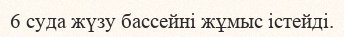
6 суда жүзу бассейні жұмыс істейді.